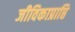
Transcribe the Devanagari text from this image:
जीविकाप्राप्ति